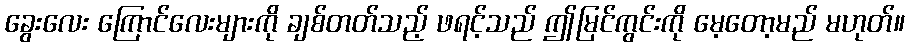
ခွေးလေး ကြောင်လေးများကို ချစ်တတ်သည့် ဖရင့်သည် ဤမြင်ကွင်းကို မေ့တော့မည် မဟုတ်။